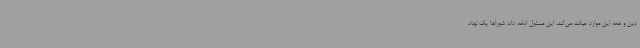
دین و همه این موارد خیانت می‌کند. این مسئول ادامه داد: شوراها یک نهاد